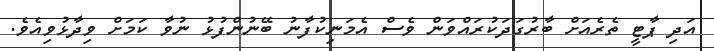
އަދި ޕާޓީ ތެރެއަށް ބާރުގަދަކުރައްވަން ވެސް އެމަނިކުފާނު ބޭނުންފުޅު ނުވާ ކަމަށް ވިދާޅުވިއެވެ.